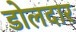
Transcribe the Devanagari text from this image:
डोलदार